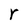
Character: r